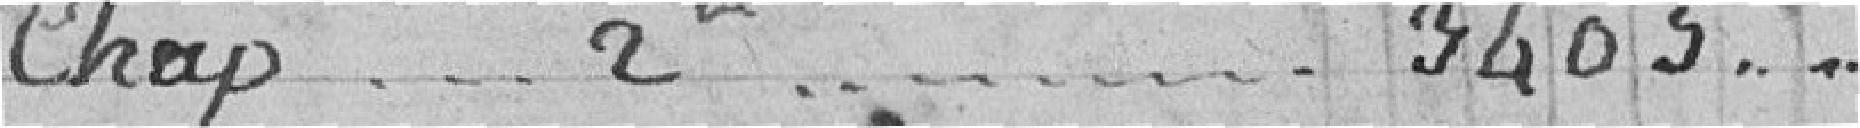
Chap. 2ème.... 3405